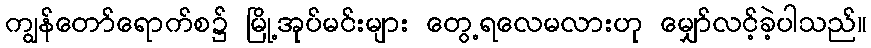
ကျွန်တော်ရောက်စ၌ မြို့အုပ်မင်းများ တွေ့ရလေမလားဟု မျှော်လင့်ခဲ့ပါသည်။